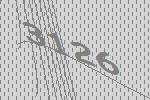
3126